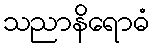
သညာနိရောဓံ